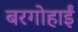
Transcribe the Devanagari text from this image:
बरगोहाईं